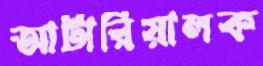
আর্টারিয়ালক